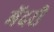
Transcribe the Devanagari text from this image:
मेंदरी